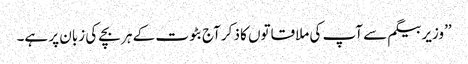
’’وزیر بیگم سے آپ کی ملاقاتوں کا ذکر آج بٹوت کے ہر بچے کی زبان پر ہے۔